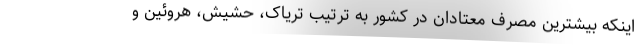
اینکه بیشترین مصرف معتادان در کشور به ترتیب تریاک، حشیش، هروئین و